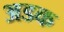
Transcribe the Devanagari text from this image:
अडक